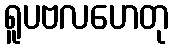
ရူပဗလဟေတု